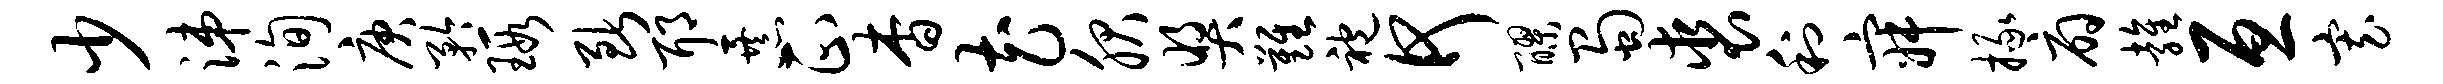
少涕洵庚矜瑕断耶暴正杳花服奖难袍何醪蜀裘利寂掾扇雍亘寡